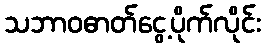
သဘာဝဓာတ်ငွေ့ပိုက်လိုင်း